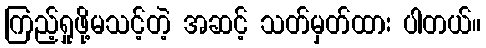
ကြည့်ရှုဖို့မသင့်တဲ့ အဆင့် သတ်မှတ်ထား ပါတယ်။